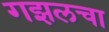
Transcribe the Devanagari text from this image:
गझलचा